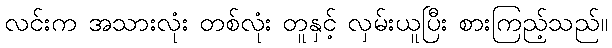
လင်းက အသားလုံး တစ်လုံး တူနှင့် လှမ်းယူပြီး စားကြည့်သည်။